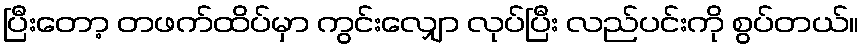
ပြီးတော့ တဖက်ထိပ်မှာ ကွင်းလျှော လုပ်ပြီး လည်ပင်းကို စွပ်တယ်။